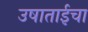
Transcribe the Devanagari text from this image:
उषाताईचा